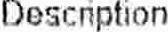
DESCRIPTION